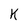
Character: K